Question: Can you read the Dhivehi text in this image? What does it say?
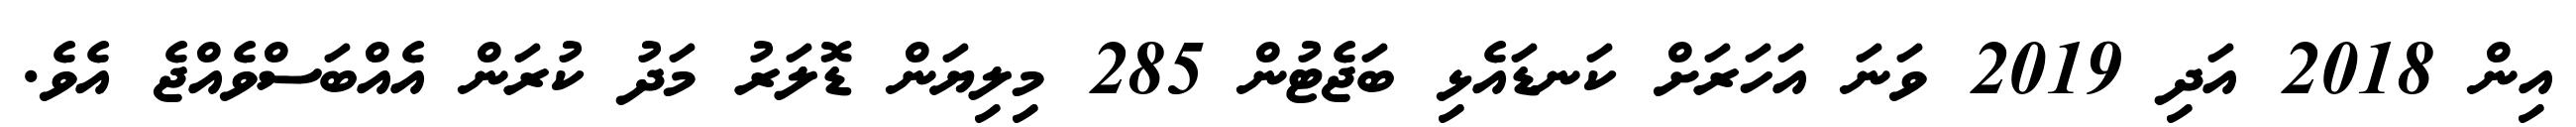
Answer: އިން 2018 އަދި 2019 ވަނަ އަހަރަށް ކަނޑައެޅި ބަޖެޓުން 285 މިލިޔަން ޑޮލަރު މަދު ކުރަން އެއްބަސްވެއްޖެ އެވެ.